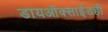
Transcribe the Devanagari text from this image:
डायऑक्साईडही